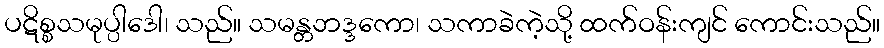
ပဋိစ္စသမုပ္ပါဒေါ၊ သည်။ သမန္တဘဒ္ဒကော၊ သကာခဲကဲ့သို့ ထက်ဝန်းကျင် ကောင်းသည်။